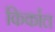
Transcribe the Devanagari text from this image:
किर्काल